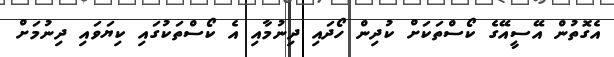
އެގޮތުން އޭސީއޭގެ ކޯސްތަކަށް ކުދިން ހޯދައި ދިނުމާއި އެ ކޯސްތަކުގައި ކިޔަވައި ދިނުމަށް